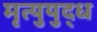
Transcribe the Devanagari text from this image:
मृत्युयुद्ध